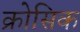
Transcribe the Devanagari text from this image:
क्रोसिक